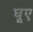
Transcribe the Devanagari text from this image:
घूए